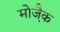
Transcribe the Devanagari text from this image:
मोजै़क